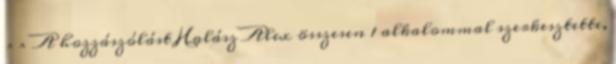
^^ A hozzászólást Halász Alex összesen 1 alkalommal szerkesztette,